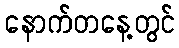
နောက်တနေ့တွင်